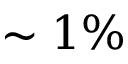
\sim 1 \%